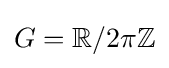
G=\mathbb {R} /2\pi \mathbb {Z}